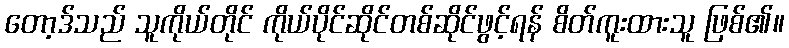
တော့ဒ်သည် သူကိုယ်တိုင် ကိုယ်ပိုင်ဆိုင်တစ်ဆိုင်ဖွင့်ရန် စိတ်ကူးထားသူ ဖြစ်၏။